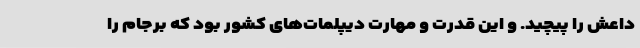
داعش را پیچید. و این قدرت و مهارت دیپلمات‌های کشور بود که برجام را